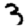
Digit: 3